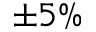
\pm 5 \%